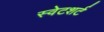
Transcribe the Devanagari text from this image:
स्वेटशर्ट